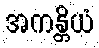
အကန္တိယံ